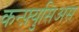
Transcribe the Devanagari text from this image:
कन्फ़्युसिअस